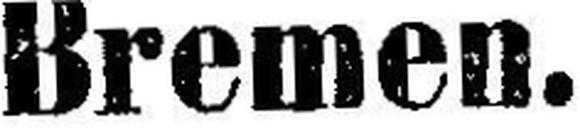
Bremen.